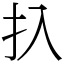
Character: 扖